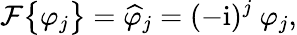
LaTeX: \mathcal{F}\big\{ \varphi_{j}\big\} =\widehat{\varphi}_{j}=(-\mathrm{i})^{j}\ \varphi_{j},